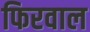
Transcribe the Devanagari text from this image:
फिरवाल